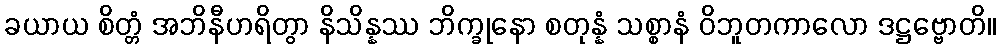
ခယာယ စိတ္တံ အဘိနီဟရိတွာ နိသိန္နဿ ဘိက္ခုနော စတုန္နံ သစ္စာနံ ဝိဘူတကာလော ဒဋ္ဌဗ္ဗောတိ။